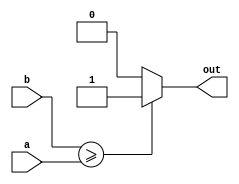
module compare (a, b, out);

input [15:0] a,b;

output reg out;


always @ (*)
	begin
		if ( b >= a)
			out = 1;
		else
			out = 0;
	
	end 
	
endmodule